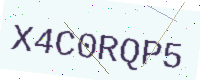
Text: X4C0RQP5